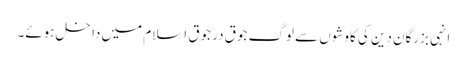
انہی بزرگان دین کی کاوشوں سے لوگ جوق در جوق اسلام میں داخل ہوئے۔